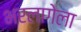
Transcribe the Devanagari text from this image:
भरलागेला